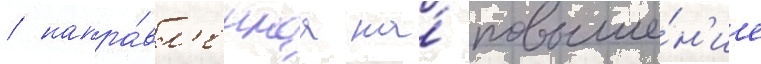
/ напра́вл'еннаа на́ повыше́н'ие